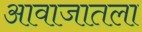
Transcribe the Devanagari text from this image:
आवाजातला